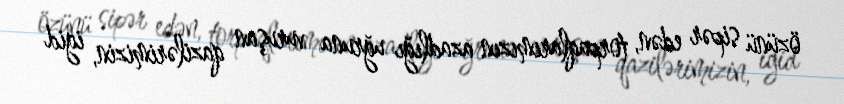
özünü sipər edən, torpaqlarımızın azadlığı uğruna vuruşan qazilərimizin, igid